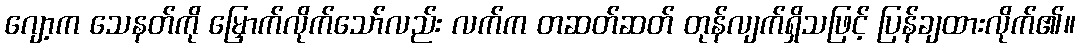
ဂျော့က သေနတ်ကို မြှောက်လိုက်သော်လည်း လက်က တဆတ်ဆတ် တုန်လျက်ရှိသဖြင့် ပြန်ချထားလိုက်၏။